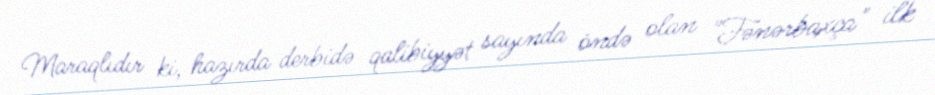
Maraqlıdır ki, hazırda derbidə qalibiyyət sayında öndə olan "Fənərbaxça" ilk